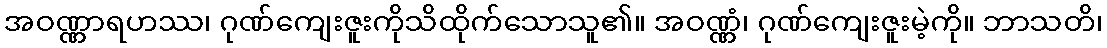
အဝဏ္ဏာရဟဿ၊ ဂုဏ်ကျေးဇူးကိုသိထိုက်သောသူ၏။ အဝဏ္ဏံ၊ ဂုဏ်ကျေးဇူးမဲ့ကို။ ဘာသတိ၊